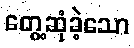
တွေ့ဆုံခဲ့သော